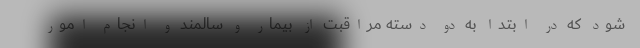
شود که در ابتدا به دو دسته مراقبت از بیمار و سالمند و انجام امور